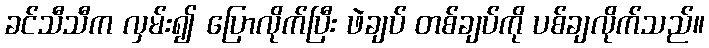
ခင်သီသီက လှမ်း၍ ပြောလိုက်ပြီး ဖဲချပ် တစ်ချပ်ကို ပစ်ချလိုက်သည်။